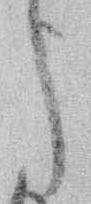
う